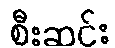
စီးဆင်း